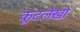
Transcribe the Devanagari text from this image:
कूटलेखों